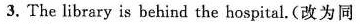
3. The library is behind the hospital.(改为同